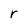
Character: r